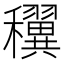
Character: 𥤌